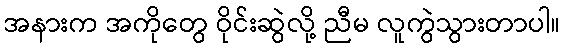
အနားက အကိုတွေ ဝိုင်းဆွဲလို့ ညီမ လူကွဲသွားတာပါ။